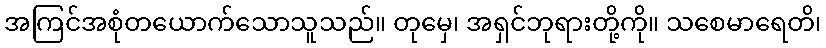
အကြင်အစုံတယောက်သောသူသည်။ တုမှေ၊ အရှင်ဘုရားတို့ကို။ သစေမာရေတိ၊